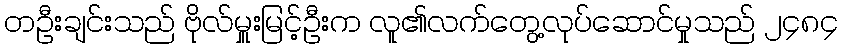
တဦးချင်းသည် ဗိုလ်မှူးမြင့်ဦးက လူ၏လက်တွေ့လုပ်ဆောင်မှုသည် ၂၄၈၄